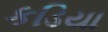
કડિયા